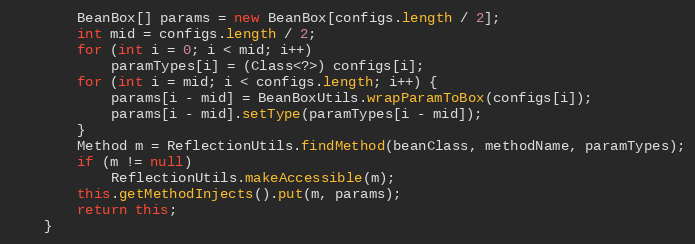
Language: Java
		BeanBox[] params = new BeanBox[configs.length / 2];
		int mid = configs.length / 2;
		for (int i = 0; i < mid; i++)
			paramTypes[i] = (Class<?>) configs[i];
		for (int i = mid; i < configs.length; i++) {
			params[i - mid] = BeanBoxUtils.wrapParamToBox(configs[i]);
			params[i - mid].setType(paramTypes[i - mid]);
		}
		Method m = ReflectionUtils.findMethod(beanClass, methodName, paramTypes);
		if (m != null)
			ReflectionUtils.makeAccessible(m);
		this.getMethodInjects().put(m, params);
		return this;
	}